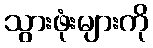
သွားဖုံးများကို